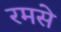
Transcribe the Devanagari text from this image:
रमसे